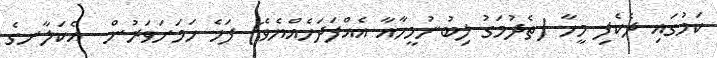
ކަމުގައި ދެކެފި މީހާ (ތެދުމަގު ލިބުނުމީހާއާ އެއްފަދަހެއްޔެވެ) ފަހެ ހަމަށަވަރުން  އެކަލާނގެ